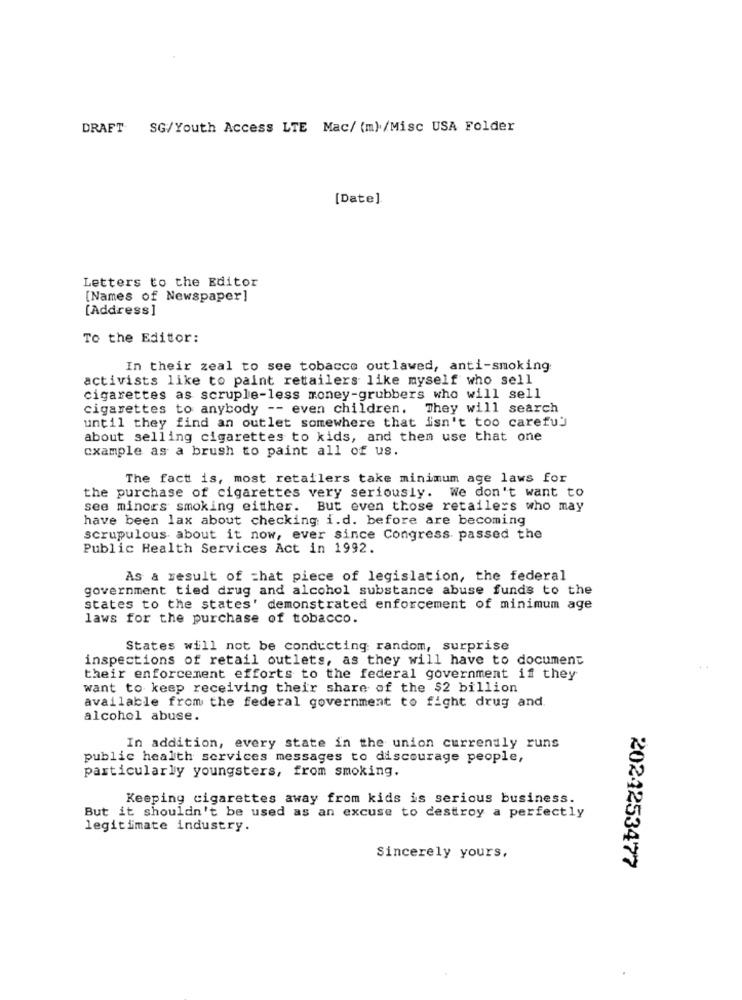
DRAFT SG/Youth Access LTE Mac/ (m)/Misc USA Folder
[Date].
Letters to the Editor
[Names of Newspaper]
[Address]
To the Editor:
In their zeal to see tobacco outlawed, anti-smoking
activists like to paint retailers like myself who sell
cigarettes as scruple-less money-grubbers who will sell
cigarettes to anybody -- even children. They will search
until they find an outlet somewhere that isn't too careful
about selling cigarettes to kids, and then use that one
cxample as a brush to paint all of us.
The fact is, most retailers take minimum age laws for
the purchase of cigarettes very seriously. We don't want to
see minors smoking either. But even those retailers who may
have been lax about checking i.d. before are becoming
scrupulous about it now, ever since Congress. passed the
Public Health Services Act in 1992.
As a result of =hat piece of legislation, the federal
government tied drug and alcohol substance abuse funds to the
states to the states' demonstrated enforcement of minimum age
laws for the purchase of tobacco.
States will not be conducting random, surprise
inspections of retail outlets, as they will have to document
their enforcement efforts to the federal government if they
want to keep receiving their share of the $2 billion
available from the federal government to fight drug and
alcohol abuse.
In addition, every state in the union currently runs
public health services messages to discourage people,
particularly youngsters, from smoking.
Keeping cigarettes away from kids is serious business.
But it shouldn't be used as an excuse to destroy a perfectly
legitimate industry.
Sincerely yours,
2021253477